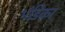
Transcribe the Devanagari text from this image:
भंडिका